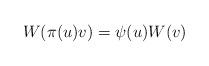
LaTeX: \begin{align*}W(\pi(u)v) = \psi(u) W(v)\end{align*}